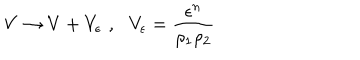
V \rightarrow V + V _ { \epsilon } \, \, , \, \, \, \, V _ { \epsilon } = \frac { \epsilon ^ { n } } { \rho _ { 1 } \rho _ { 2 } }